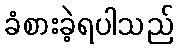
ခံစားခဲ့ရပါသည်